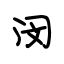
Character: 闵